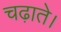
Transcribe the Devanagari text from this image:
चढ़ाते।